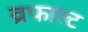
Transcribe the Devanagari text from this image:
व्रफाल्ट